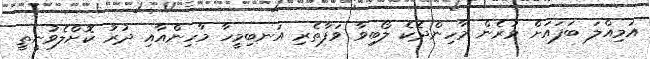
އަމިއްލަ ބަފައަށް ވުރެން މާހިންދެކެ ލޯބިވާ ވަފާތެރި އަނބިމީހާ މާހިންއާއި ދުރު ކޮށްލެވުނީތީ